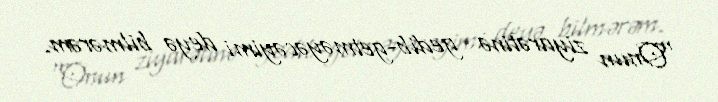
“Onun ziyarətinə gedib-getməyəcəyimi deyə bilmərəm.